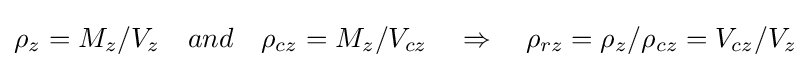
\rho _{z}=M_{z}/V_{z}\quad and\quad \rho _{cz}=M_{z}/V_{cz}\quad \Rightarrow \quad \rho _{rz}=\rho _{z}/\rho _{cz}=V_{cz}/V_{z}